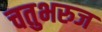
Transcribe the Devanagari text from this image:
चतुभरुज